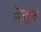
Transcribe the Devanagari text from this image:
हैहर